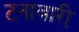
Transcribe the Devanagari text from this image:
टनावारी